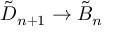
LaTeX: { \tilde { D } } _ { n + 1 } \to { \tilde { B } } _ { n }